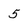
Character: 5